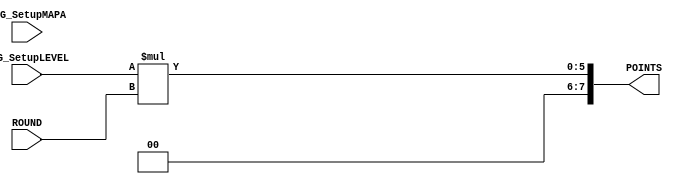
module LOGICA (
    input wire [1:0] REG_SetupLEVEL, // Nvel do jogo (1, 2, 3 ou 4)
    input wire [3:0] ROUND,          // Nmero de sequncias acertadas (0 a 15)
    input wire [1:0] REG_SetupMAPA,  // Sinal adicional (no utilizado na descrio funcional)
    output reg [7:0] POINTS         // Pontuao final (8 bits)
);

    always @* begin
        // Multiplicao do nvel pelo nmero de sequncias acertadas
        POINTS = REG_SetupLEVEL * ROUND;
    end

endmodule